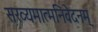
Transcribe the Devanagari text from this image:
सख्यमात्मनिवेदनम्